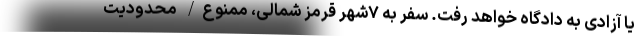
یا آزادی به دادگاه خواهد رفت. سفر به ۷شهر قرمز شمالی، ممنوع/ محدودیت